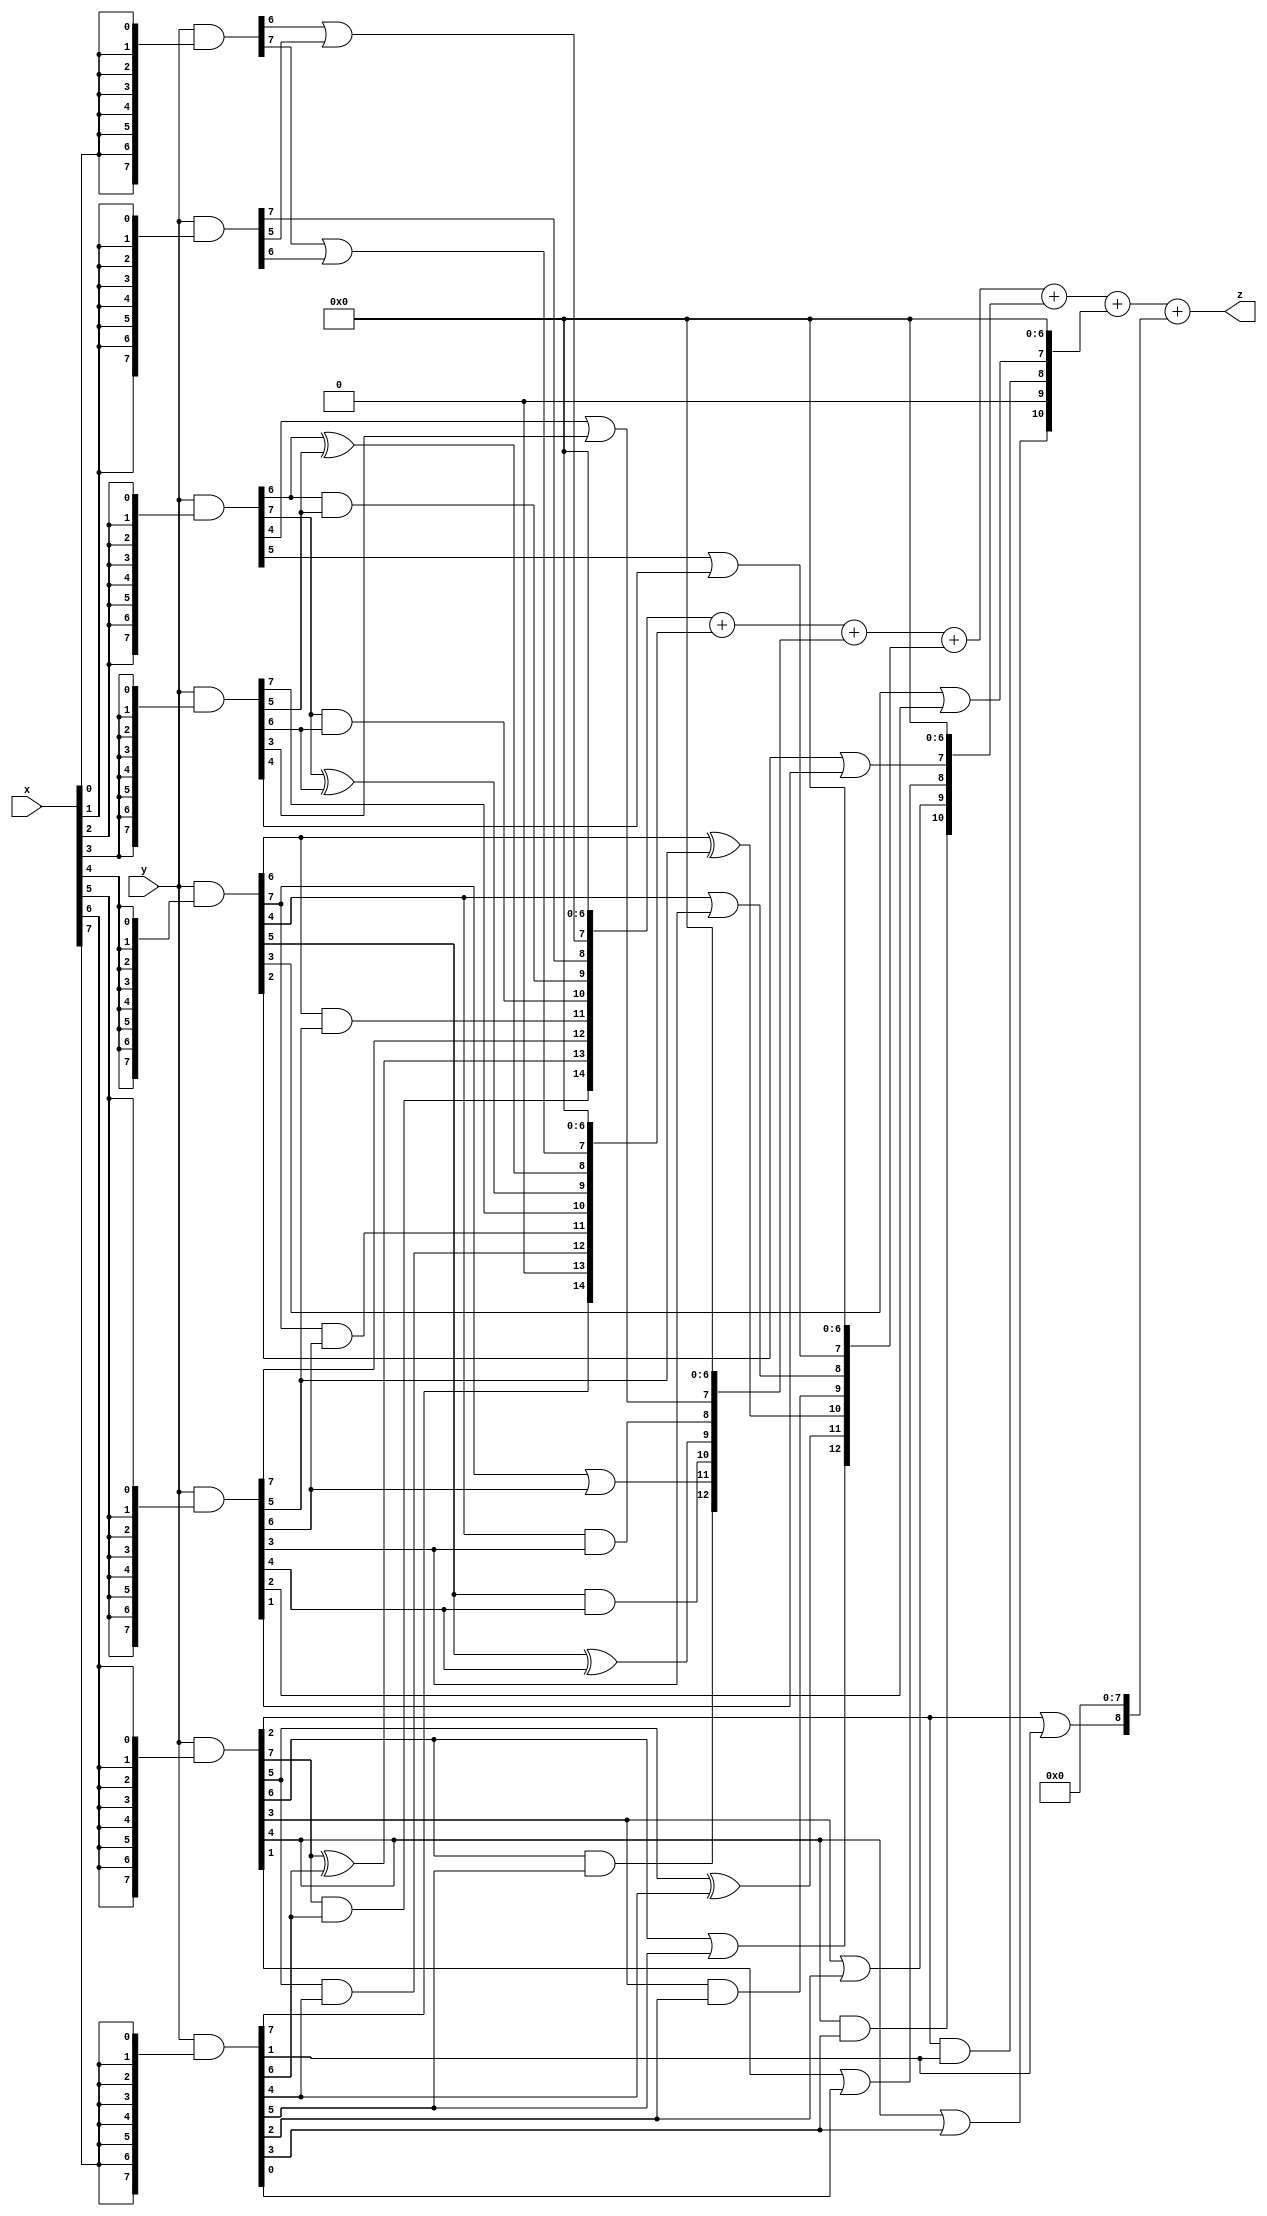
// terms: 35
// fval:  102830.25

module unsigned_8x8_l8_lamb2600_3 (
	input [7:0] x,
	input [7:0] y,
	output [15:0] z
);


wire [7:0] part1 =  y & {8{x[0]}};
wire [7:0] part2 =  y & {8{x[1]}};
wire [7:0] part3 =  y & {8{x[2]}};
wire [7:0] part4 =  y & {8{x[3]}};
wire [7:0] part5 =  y & {8{x[4]}};
wire [7:0] part6 =  y & {8{x[5]}};
wire [7:0] part7 =  y & {8{x[6]}};
wire [7:0] part8 =  y & {8{x[7]}};

wire [14:0] new_part1;
assign new_part1[0] = 0;
assign new_part1[1] = 0;
assign new_part1[2] = 0;
assign new_part1[3] = 0;
assign new_part1[4] = 0;
assign new_part1[5] = 0;
assign new_part1[6] = 0;
assign new_part1[7] = part1[6] | part2[5];
assign new_part1[8] = part2[7];
assign new_part1[9] = part3[6] & part4[5];
assign new_part1[10] = part3[7] & part4[6];
assign new_part1[11] = part5[6] & part6[5];
assign new_part1[12] = part6[7];
assign new_part1[13] = part7[7] ^ part8[6];
assign new_part1[14] = part7[7] & part8[6];

wire [14:0] new_part2;
assign new_part2[0] = 0;
assign new_part2[1] = 0;
assign new_part2[2] = 0;
assign new_part2[3] = 0;
assign new_part2[4] = 0;
assign new_part2[5] = 0;
assign new_part2[6] = 0;
assign new_part2[7] = part1[7] | part2[6];
assign new_part2[8] = part3[6] ^ part4[5];
assign new_part2[9] = part3[7] ^ part4[6];
assign new_part2[10] = part4[7];
assign new_part2[11] = part5[7] & part6[6];
assign new_part2[12] = part7[5] & part8[4];
assign new_part2[13] = 0;
assign new_part2[14] = part8[7];

wire [12:0] new_part3;
assign new_part3[0] = 0;
assign new_part3[1] = 0;
assign new_part3[2] = 0;
assign new_part3[3] = 0;
assign new_part3[4] = 0;
assign new_part3[5] = 0;
assign new_part3[6] = 0;
assign new_part3[7] = part3[4] | part4[3];
assign new_part3[8] = part5[4] & part6[3];
assign new_part3[9] = part5[5] ^ part6[4];
assign new_part3[10] = part5[5] & part6[4];
assign new_part3[11] = part5[7] | part6[6];
assign new_part3[12] = part7[6] & part8[5];

wire [12:0] new_part4;
assign new_part4[0] = 0;
assign new_part4[1] = 0;
assign new_part4[2] = 0;
assign new_part4[3] = 0;
assign new_part4[4] = 0;
assign new_part4[5] = 0;
assign new_part4[6] = 0;
assign new_part4[7] = part3[5] | part4[4];
assign new_part4[8] = part5[4] | part6[3];
assign new_part4[9] = part7[3] & part8[2];
assign new_part4[10] = part5[6] ^ part6[5];
assign new_part4[11] = part7[5] ^ part8[4];
assign new_part4[12] = part7[6] | part8[5];

wire [10:0] new_part5;
assign new_part5[0] = 0;
assign new_part5[1] = 0;
assign new_part5[2] = 0;
assign new_part5[3] = 0;
assign new_part5[4] = 0;
assign new_part5[5] = 0;
assign new_part5[6] = 0;
assign new_part5[7] = part5[2] | part6[1];
assign new_part5[8] = part7[1] | part8[0];
assign new_part5[9] = part7[3] | part8[2];
assign new_part5[10] = part7[4] & part8[3];

wire [10:0] new_part6;
assign new_part6[0] = 0;
assign new_part6[1] = 0;
assign new_part6[2] = 0;
assign new_part6[3] = 0;
assign new_part6[4] = 0;
assign new_part6[5] = 0;
assign new_part6[6] = 0;
assign new_part6[7] = part5[3] | part6[2];
assign new_part6[8] = part7[2] & part8[1];
assign new_part6[9] = 0;
assign new_part6[10] = part7[4] | part8[3];

wire [8:0] new_part7;
assign new_part7[0] = 0;
assign new_part7[1] = 0;
assign new_part7[2] = 0;
assign new_part7[3] = 0;
assign new_part7[4] = 0;
assign new_part7[5] = 0;
assign new_part7[6] = 0;
assign new_part7[7] = 0;
assign new_part7[8] = part7[2] | part8[1];

assign z = new_part1 + new_part2 + new_part3 + new_part4 + new_part5 + new_part6 + new_part7;
endmodule